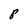
Character: P